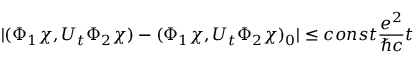
| ( \Phi _ { 1 } \chi , U _ { t } \Phi _ { 2 } \chi ) - ( \Phi _ { 1 } \chi , U _ { t } \Phi _ { 2 } \chi ) _ { 0 } | \leq c o n s t \frac { e ^ { 2 } } { \hbar c } t